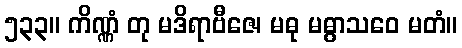
၅၃၃။ ကိဏ္ဏံ တု မဒိရာဗီဇေ၊ မဓု မဓွာသဝေ မတံ။